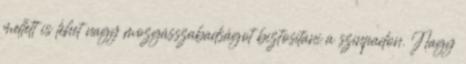
mellett is lehet nagy mozgásszabadságot biztosítani a színpadon. Nagy